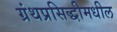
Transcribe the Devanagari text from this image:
ग्रंथप्रसिद्धीमधील